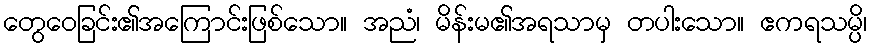
တွေဝေခြင်း၏အကြောင်းဖြစ်သော။ အညံ၊ မိန်းမ၏အရသာမှ တပါးသော။ ဧကရသမ္ပိ၊